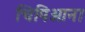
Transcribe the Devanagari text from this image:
चिपिओना